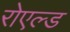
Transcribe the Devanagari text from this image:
रोएल्ड